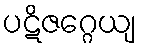
ပဋိဇဂ္ဂေယျ